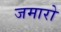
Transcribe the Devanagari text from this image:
जमारो